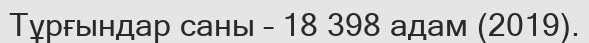
Тұрғындар саны – 18 398 адам (2019).